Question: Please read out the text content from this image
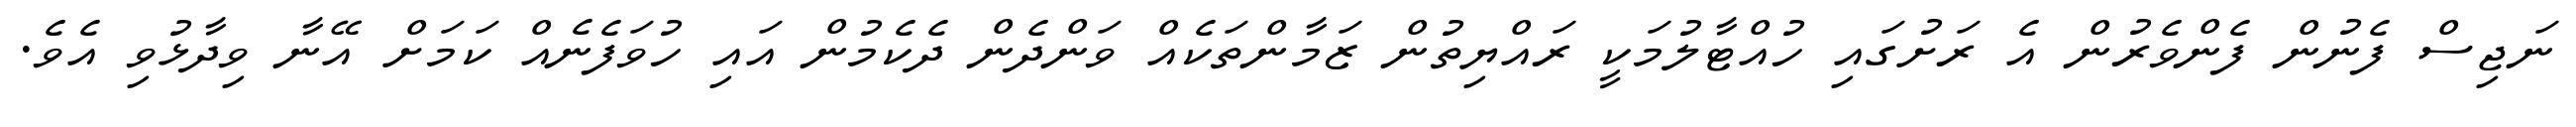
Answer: ނަޖިސް ފެނުން ފެންވެރުން އެ ރަށުގައި ހުއްޓާލުމަކީ ރައްޔިތުން ޒަމާންތަކެއް ވަންދެން ދެކެމުން އައި ހުވަފެނެއް ކަމަށް އޭނާ ވިދާޅުވި އެވެ.